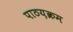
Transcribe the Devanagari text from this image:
पाठय़क्रम